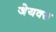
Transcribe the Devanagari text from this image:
जेयक्स